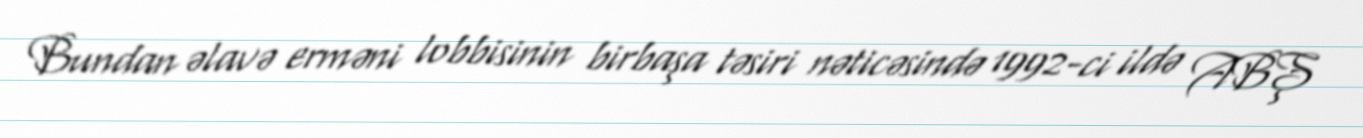
Bundan əlavə erməni lobbisinin birbaşa təsiri nəticəsində 1992-ci ildə ABŞ